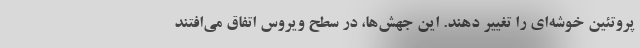
پروتئین خوشه‌ای را تغییر دهند. این جهش‌ها، در سطح ویروس اتفاق می‌افتند